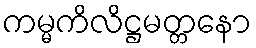
ကမ္မကိလိဋ္ဌမတ္တနော